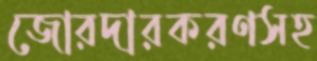
জোরদারকরণসহ